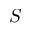
S